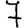
Digit: 7